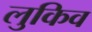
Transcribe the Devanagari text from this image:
लुकिव